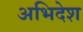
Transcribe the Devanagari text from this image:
अभिदेश